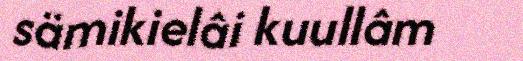
sämikielâi kuullâm